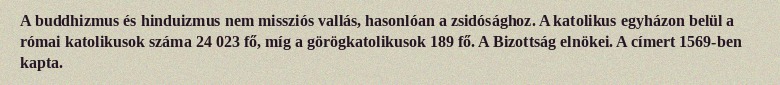
A buddhizmus és hinduizmus nem missziós vallás, hasonlóan a zsidósághoz. A katolikus egyházon belül a római katolikusok száma 24 023 fő, míg a görögkatolikusok 189 fő. A Bizottság elnökei. A címert 1569-ben kapta.